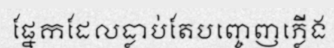
ផ្នែកដែលធ្លាប់តែបញ្ចេញភ្លើង